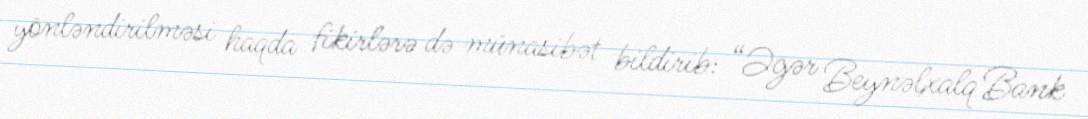
yönləndirilməsi haqda fikirlərə də münasibət bildirib: “Əgər Beynəlxalq Bank